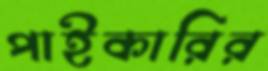
পাইকারির